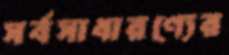
সর্বসাধারণ্যের